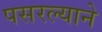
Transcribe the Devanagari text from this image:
पसरल्याने